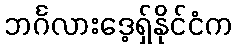
ဘင်္ဂလားဒေ့ရှ်နိုင်ငံက